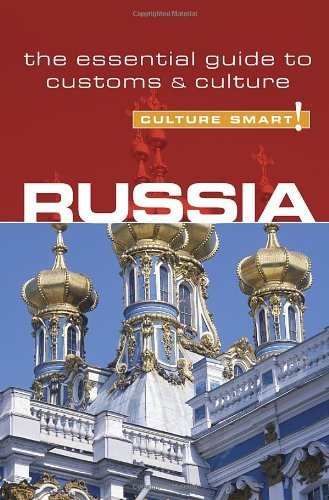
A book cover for Russia - Culture Smart!: the essential guide to customs & culture; Anna King; Travel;